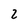
Character: 2